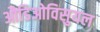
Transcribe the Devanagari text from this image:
औडिओविसुयल